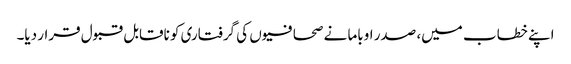
اپنے خطاب میں، صدر اوباما نے صحافیوں کی گرفتاری کو ناقابل قبول قرار دیا۔